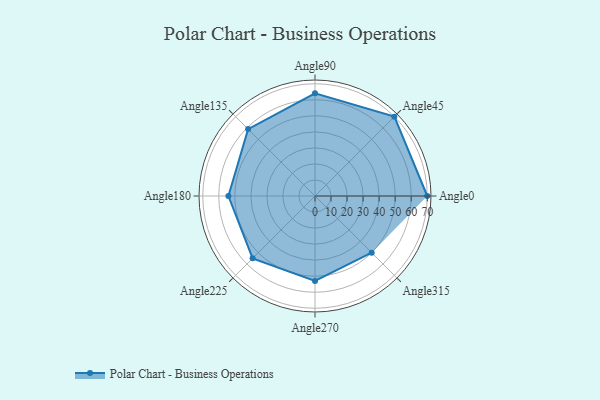
{"axis": {"x": "Angle", "y": "Radius"}, "legend": [""], "data": [{"x": "Angle0", "y": 70.0, "type": ""}, {"x": "Angle45", "y": 70.0, "type": ""}, {"x": "Angle90", "y": 64.0, "type": ""}, {"x": "Angle135", "y": 59.0, "type": ""}, {"x": "Angle180", "y": 54.0, "type": ""}, {"x": "Angle225", "y": 55.0, "type": ""}, {"x": "Angle270", "y": 53.0, "type": ""}, {"x": "Angle315", "y": 50, "type": ""}]}